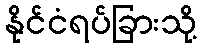
နိုင်ငံရပ်ခြားသို့